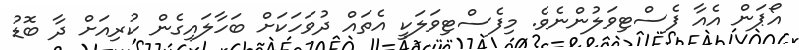
އޯޕަން އެއާ ފެސްޓިވަލުންނެވެ. މިފެސްޓިވަލަކީ އެތައް ދުވަހަކަށް ބަހާލައިގެން ކުރިއަށް ދާ ބޮޑު